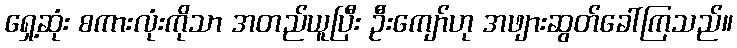
ရှေ့ဆုံး စကားလုံးကိုသာ အတည်ယူပြီး ဦးကျော်ဟု အဖျားဆွတ်ခေါ်ကြသည်။